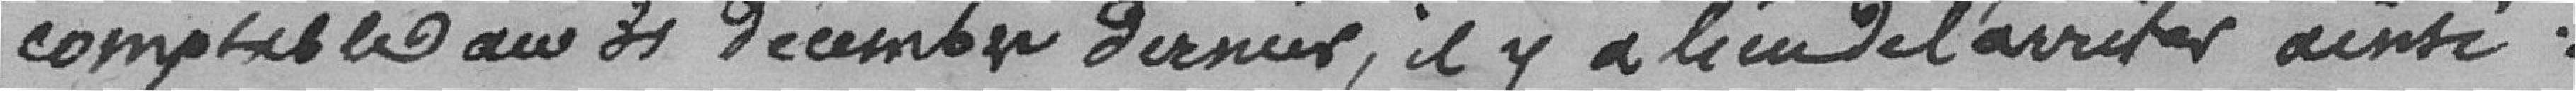
comptable au 31 décembre dernier, il y a lieu de l'arrêter ainsi :